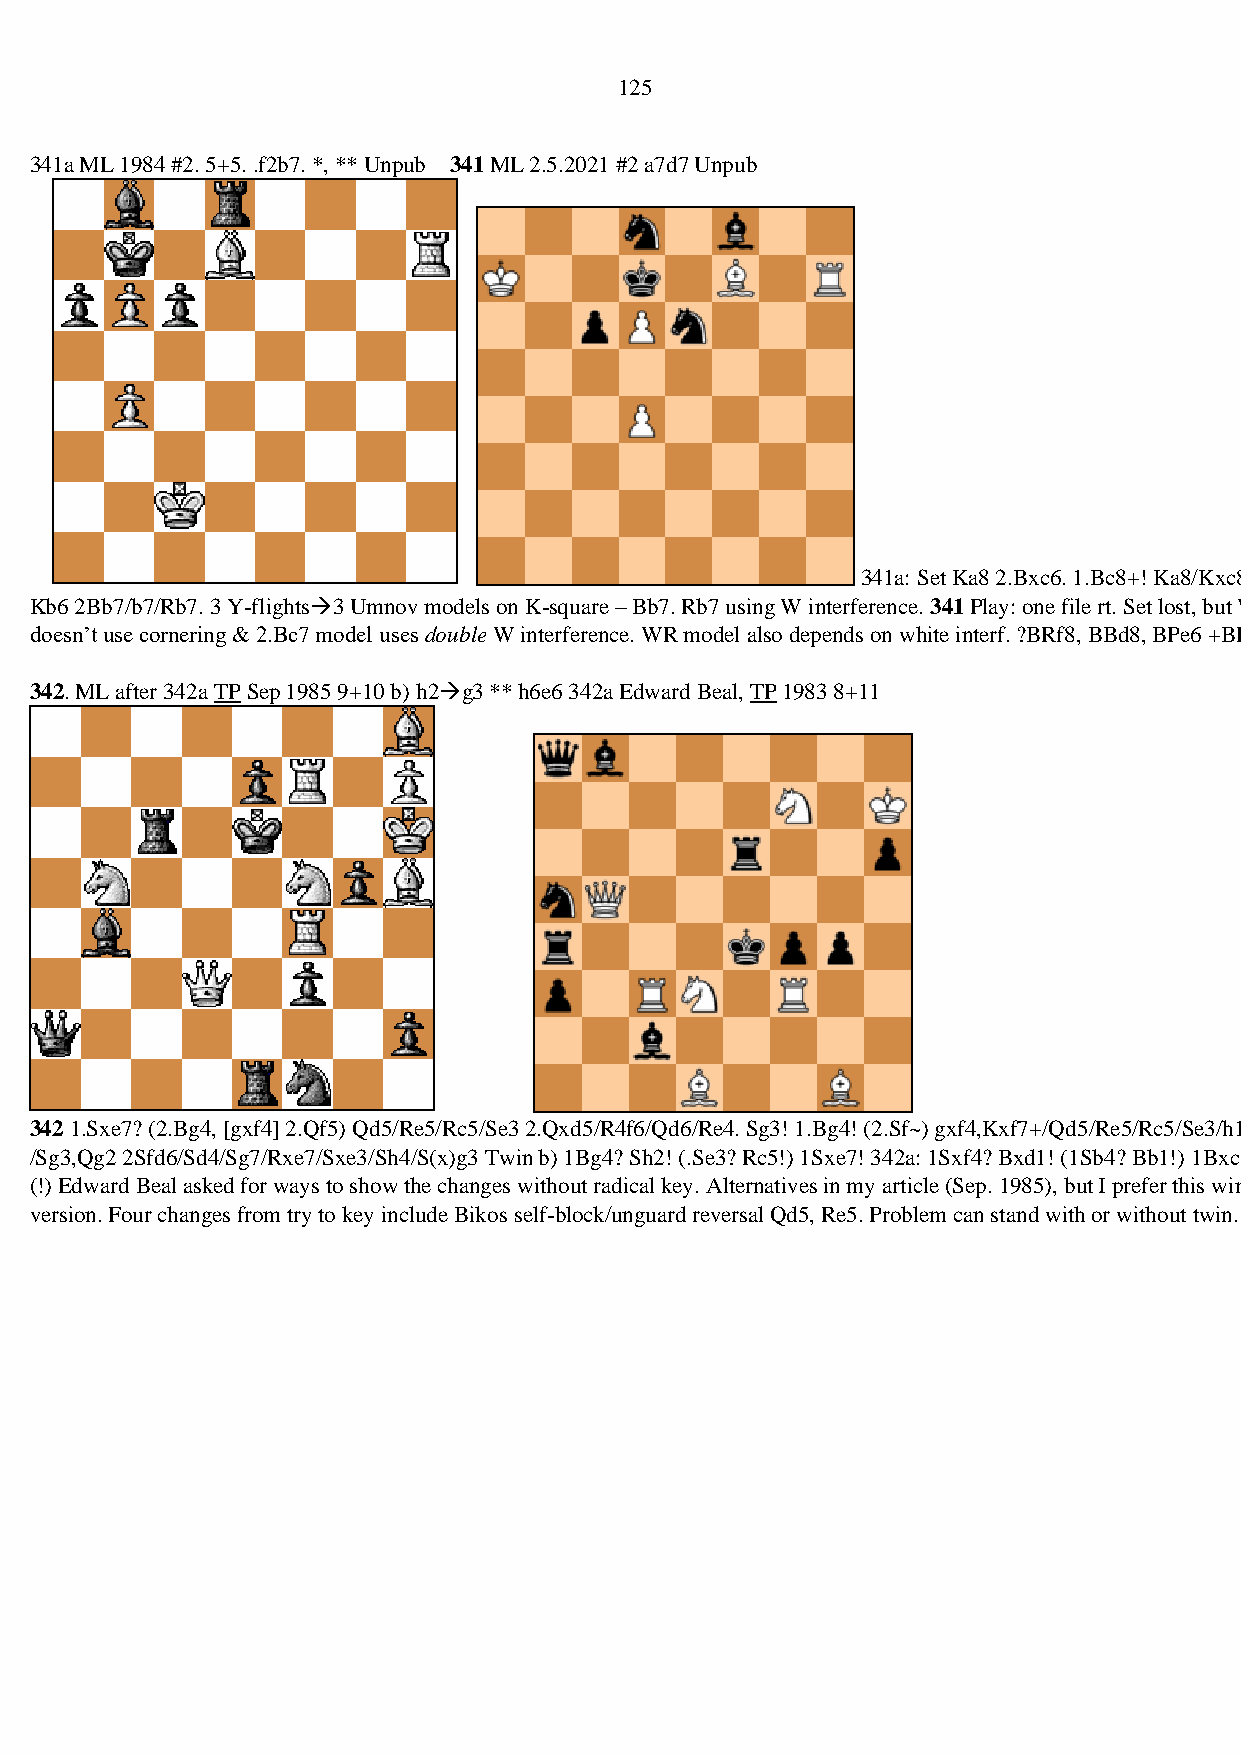
125
 341a ML 1984 #2. 5+5. .f2b7. *, ** Unpub 341 ML 2.5.2021 #2 a7d7 Unpub
 341a: Set Ka8 2.Bxc6. 1.Bc8+! Ka8/Kxc8/
 Kb6 2Bb7/b7/Rb7. 3 Y-flights→3 Umnov models on K-square – Bb7. Rb7 using W interference. 341 Play: one file rt. Set lost, but WK used; Kc8 2.Bd7 mate
 doesn’t use cornering & 2.Bc7 model uses double W interference. WR model also depends on white interf. ?BRf8, BBd8, BPe6 +BPb6?
 342. ML after 342a TP Sep 1985 9+10 b) h2→g3 ** h6e6 342a Edward Beal, TP 1983 8+11
 342 1.Sxe7? (2.Bg4, [gxf4] 2.Qf5) Qd5/Re5/Rc5/Se3 2.Qxd5/R4f6/Qd6/Re4. Sg3! 1.Bg4! (2.Sf~) gxf4,Kxf7+/Qd5/Re5/Rc5/Se3/h1Q
 /Sg3,Qg2 2Sfd6/Sd4/Sg7/Rxe7/Sxe3/Sh4/S(x)g3 Twin b) 1Bg4? Sh2! (.Se3? Rc5!) 1Sxe7! 342a: 1Sxf4? Bxd1! (1Sb4? Bb1!) 1Bxc2
 (!) Edward Beal asked for ways to show the changes without radical key. Alternatives in my article (Sep. 1985), but I prefer this win
 version. Four changes from try to key include Bikos self-block/unguard reversal Qd5, Re5. Problem can stand with or without twin.